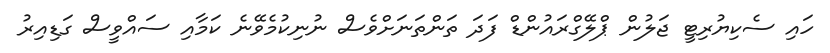
ހައި ސެކިޔުރިޓީ ޖަލުން ޕްލޭގްރައުންޑް ފަދަ ތަންތަނަށްވެސް ނުނިކުމެވޭނެ ކަމާއި ސައްވީސް ގަޑިއިރު